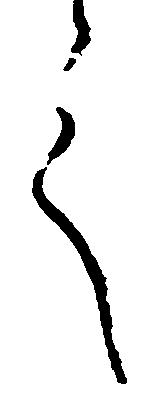
言